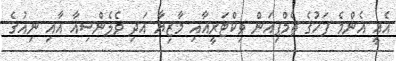
އެއީ އެންމެ ފަހުގެ ޗެމްޕިއަން ވިކްޓަރީއާއި މާޒިޔާ އަދި ވެލެންސިއާ އާއި ނިއުގެ